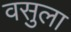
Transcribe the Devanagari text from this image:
वसुला